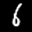
Label: 6